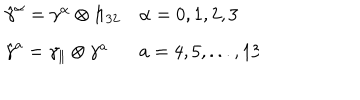
LaTeX: \begin{array} { l l } { { \hat { \gamma } ^ { \alpha } = \gamma ^ { \alpha } \otimes 1 \! \! 1 _ { 3 2 } } } & { { \alpha = 0 , 1 , 2 , 3 } } \\ { { \hat { \gamma } ^ { a } = \gamma _ { \parallel } \otimes \gamma ^ { a } } } & { { a = 4 , 5 , . . . , 1 3 } } \\ \end{array} \hspace { 5 . 5 c m }